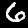
Label: 6